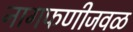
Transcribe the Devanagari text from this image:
नागफणीजवळ